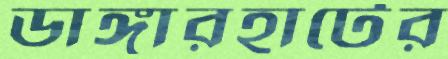
ডাঙ্গারহাটের